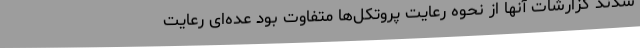
شدند گزارشات آنها از نحوه رعایت پروتکل‌ها متفاوت بود عده‌ای رعایت